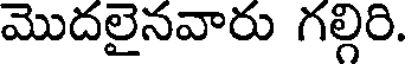
మొదలైనవారు గల్గిరి.